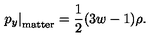
\left. p _ { y } \right| _ { \mathrm { m a t t e r } } = \frac { 1 } { 2 } ( 3 w - 1 ) \rho .